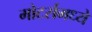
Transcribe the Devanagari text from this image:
मोटर्समध्ये